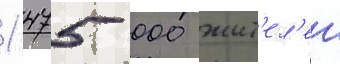
1 475 000 жит'ел'еи